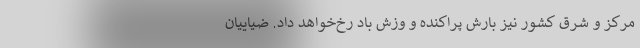
مرکز و شرق کشور نیز بارش ‌پراکنده و وزش باد رخ‌خواهد داد. ضیاییان